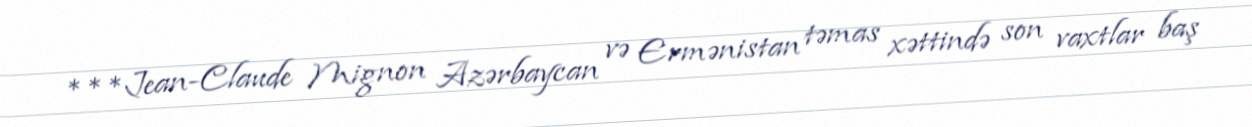
***Jean-Claude Mignon Azərbaycan və Ermənistan təmas xəttində son vaxtlar baş